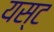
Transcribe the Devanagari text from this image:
यस्ट